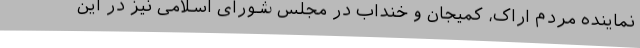
نماینده مردم اراک، کمیجان و خنداب در مجلس شورای اسلامی نیز در این